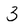
Character: 3